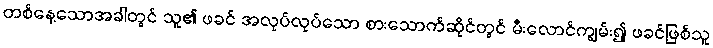
တစ်နေ့သောအခါတွင် သူ၏ ဖခင် အလုပ်လုပ်သော စားသောက်ဆိုင်တွင် မီးလောင်ကျွမ်း၍ ဖခင်ဖြစ်သူ